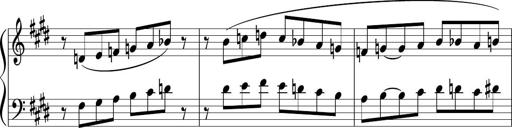
Title: Sonataette
Composer: Gergely Laszlo Matyas Jambor